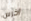
اخرس